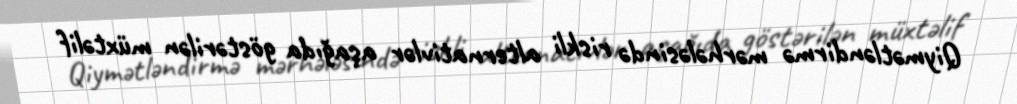
Qiymətləndirmə mərhələsində riskli alternativlər aşağıda göstərilən müxtəlif